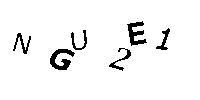
NGU2E1